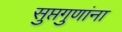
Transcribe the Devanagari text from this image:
सुप्तगुणांना